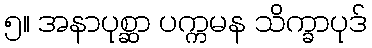
၅။ အနာပုစ္ဆာ ပက္ကမန သိက္ခာပုဒ်